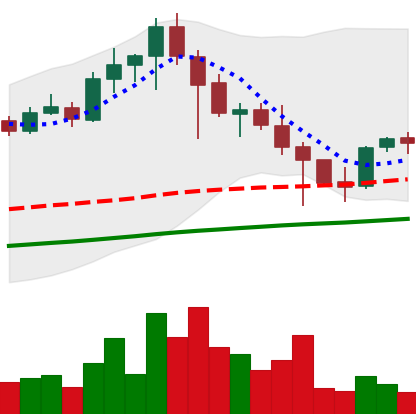
Ticker: EOS-USD
Chart end date: 2021-04-28
Forward return: 14.337%
Label: up_7plus